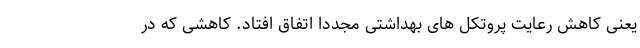
یعنی کاهش رعایت پروتکل های بهداشتی مجددا اتفاق افتاد. کاهشی که در